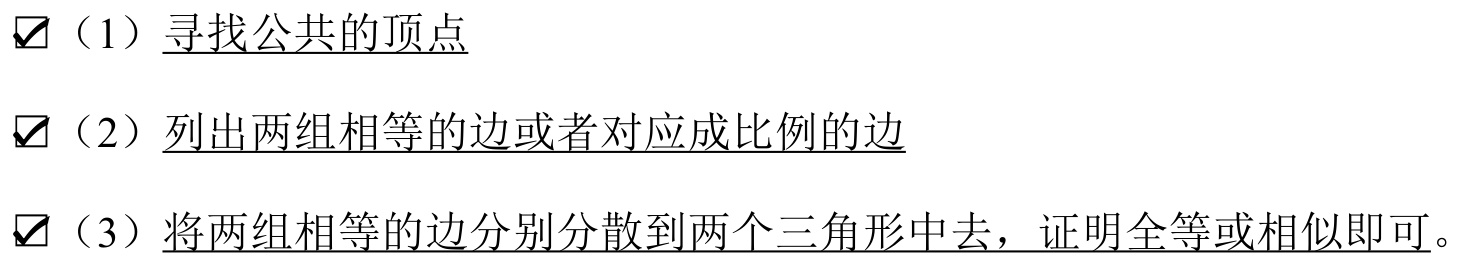
$\checkbox$（1）\underline{寻找公共的顶点}
$\checkbox$（2）\underline{列出两组相等的边或者对应成比例的边}
$\checkbox$（3）\underline{将两组相等的边分别分散到两个三角形中去，证明全等或相似即可}。